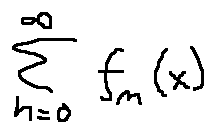
\sum \limits _ { n = 0 } ^ { \infty } f _ { n } ( x )